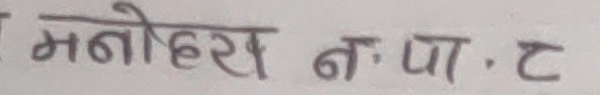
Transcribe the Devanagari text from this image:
मनोहर न. पा. ट